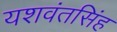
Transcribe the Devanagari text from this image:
यशवंतसिंह